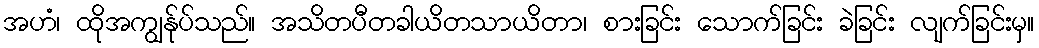
အဟံ၊ ထိုအကျွန်ုပ်သည်။ အသိတပီတခါယိတသာယိတာ၊ စားခြင်း သောက်ခြင်း ခဲခြင်း လျက်ခြင်းမှ။